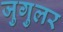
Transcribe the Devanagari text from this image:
जुगुलर